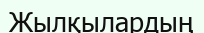
Жылқылардың